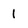
Character: 1